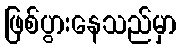
ဖြစ်ပွားနေသည်မှာ